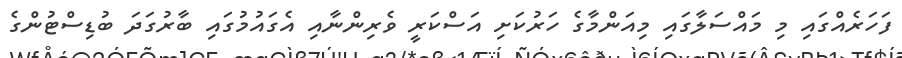
ފަހަރެއްގައި މި މައްސަލާގައި މިއަންމާގެ ހަރުކަށި އަސްކަރީ ވެރިންނާއި އެގައުމުގައި ބާރުގަދަ ބުޑިސްޓުންގެ